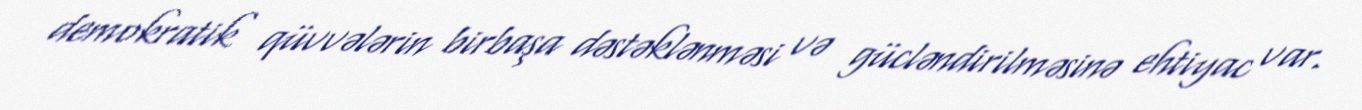
demokratik qüvvələrin birbaşa dəstəklənməsi və gücləndirilməsinə ehtiyac var.